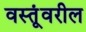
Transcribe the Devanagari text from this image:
वस्तूंवरील